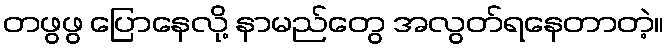
တဖွဖွ ပြောနေလို့ နာမည်တွေ အလွတ်ရနေတာတဲ့။